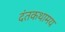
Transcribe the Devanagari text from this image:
दंतकथामय